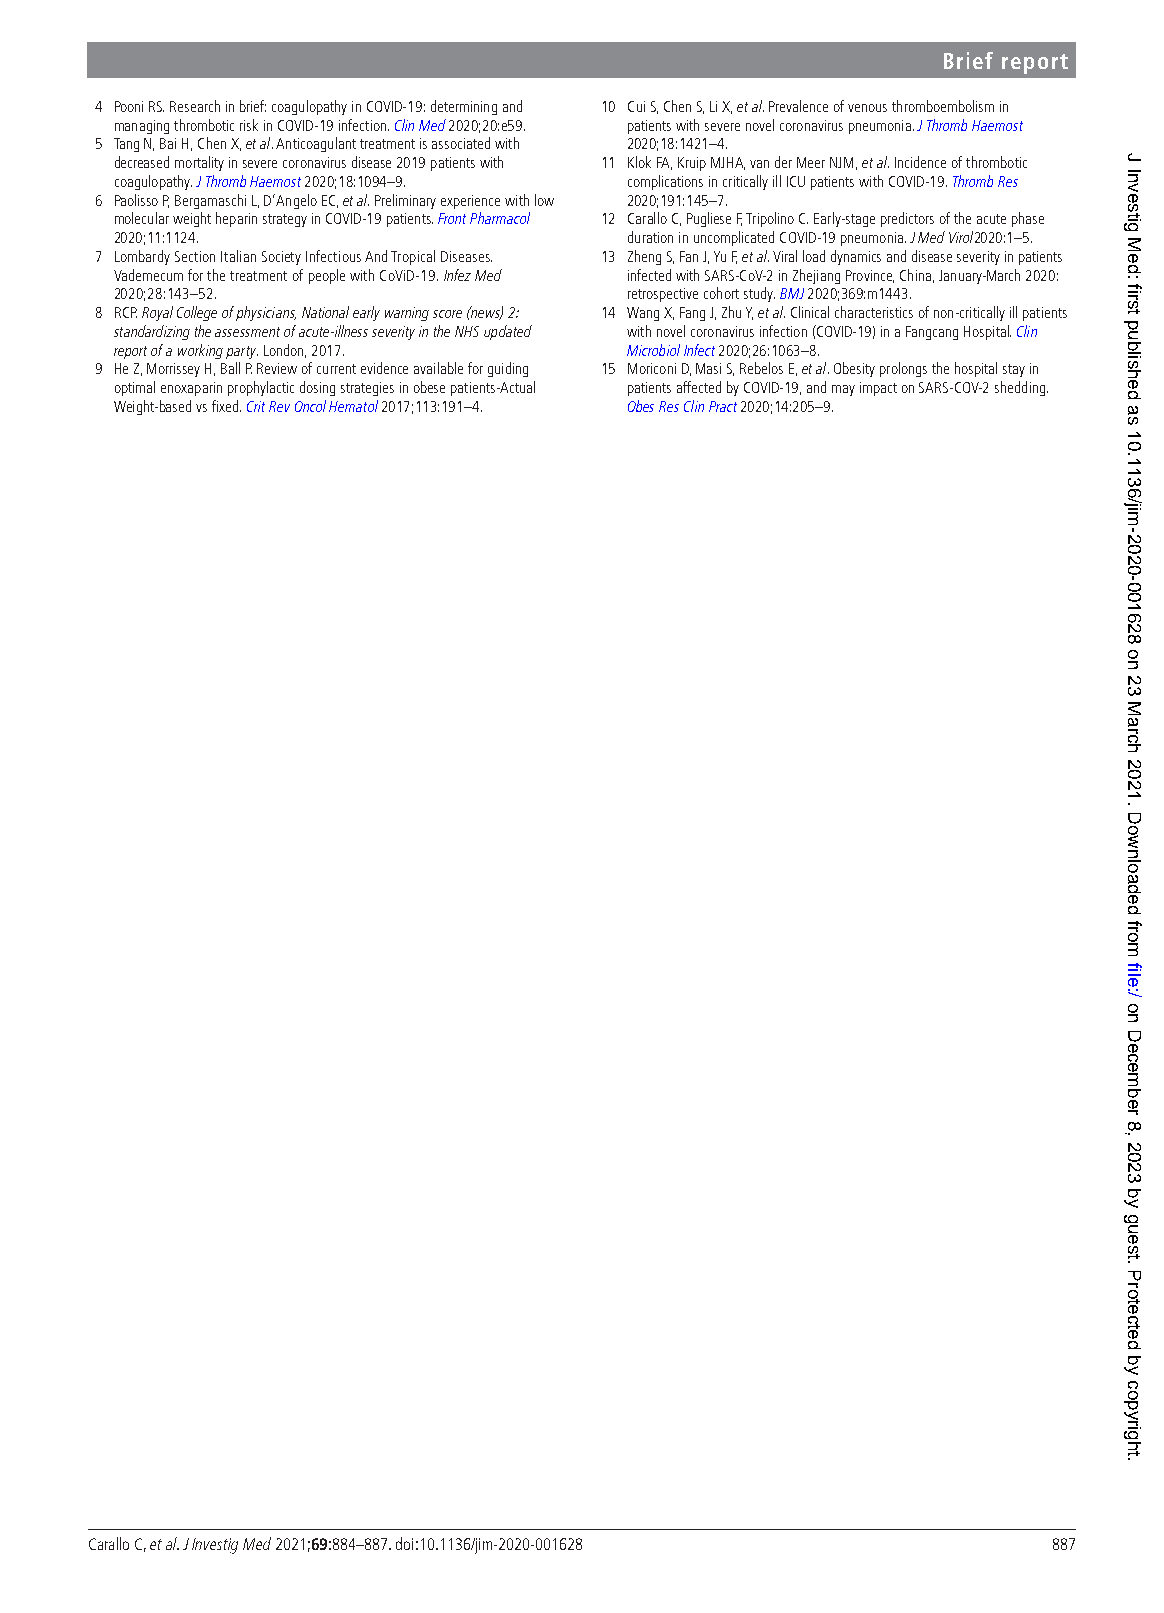
Brief report
 4 Pooni RS. Research in brief: coagulopathy in COVID-19: determining and 10 Cui S, Chen S, Li X, et al. Prevalence of venous thromboembolism in
 managing thrombotic risk in COVID-19 infection. Clin Med 2020;20:e59. patients with severe novel coronavirus pneumonia. J Thromb Haemost
 5 Tang N, Bai H, Chen X, et al. Anticoagulant treatment is associated with 2020;18:1421–4.
 decreased mortality in severe coronavirus disease 2019 patients with 11 Klok FA, Kruip MJHA, van der Meer NJM, et al. Incidence of thrombotic
 coagulopathy. J Thromb Haemost 2020;18:1094–9. complications in critically ill ICU patients with COVID-19. Thromb Res
 6 Paolisso P, Bergamaschi L, D’Angelo EC, et al. Preliminary experience with low 2020;191:145–7.
 molecular weight heparin strategy in COVID-19 patients. Front Pharmacol 12 Carallo C, Pugliese F, Tripolino C. Early-stage predictors of the acute phase
 2020;11:1124.                    duration in uncomplicated COVID-19 pneumonia. J Med Virol2020:1–5.
 7 Lombardy Section Italian Society Infectious And Tropical Diseases. 13 Zheng S, Fan J, Yu F, et al. Viral load dynamics and disease severity in patients
 Vademecum for the treatment of people with CoViD-19. Infez Med infected with SARS- CoV-2 in Zhejiang Province, China, January- March 2020:
 2020;28:143–52.                  retrospective cohort study. BMJ 2020;369:m1443.
 8 RCP. Royal College of physicians, National early warning score (news) 2: 14 Wang X, Fang J, Zhu Y, et al. Clinical characteristics of non- critically ill patients
 standardizing the assessment of acute- illness severity in the NHS updated with novel coronavirus infection (COVID-19) in a Fangcang Hospital. Clin
 report of a working party. London, 2017. Microbiol Infect 2020;26:1063–8.
 9 He Z, Morrissey H, Ball P. Review of current evidence available for guiding 15 Moriconi D, Masi S, Rebelos E, et al. Obesity prolongs the hospital stay in
 optimal enoxaparin prophylactic dosing strategies in obese patients- Actual patients affected by COVID-19, and may impact on SARS- COV-2 shedding.
 Weight- based vs fixed. Crit Rev Oncol Hematol 2017;113:191–4. Obes Res Clin Pract 2020;14:205–9.
 Carallo C, et al. J Investig Med 2021;69:884–887. doi:10.1136/jim-2020-001628 887
 J
 Investig
 Med:
 first
 published
 as
 10.1136/jim-2020-001628
 on
 23
 March
 2021.
 Downloaded
 from
 file:/
 on
 December
 8,
 2023
 by
 guest.
 Protected
 by
 copyright.